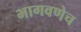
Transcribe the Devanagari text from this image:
भागवणेच